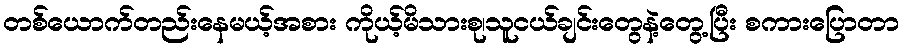
တစ်ယောက်တည်းနေမယ့်အစား ကိုယ့်မိသားစု၊သူငယ်ချင်းတွေနဲ့တွေ့ပြီး စကားပြောတာ